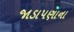
જાડાપણાના